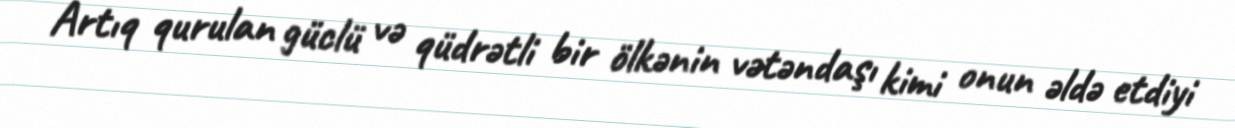
Artıq qurulan güclü və qüdrətli bir ölkənin vətəndaşı kimi onun əldə etdiyi